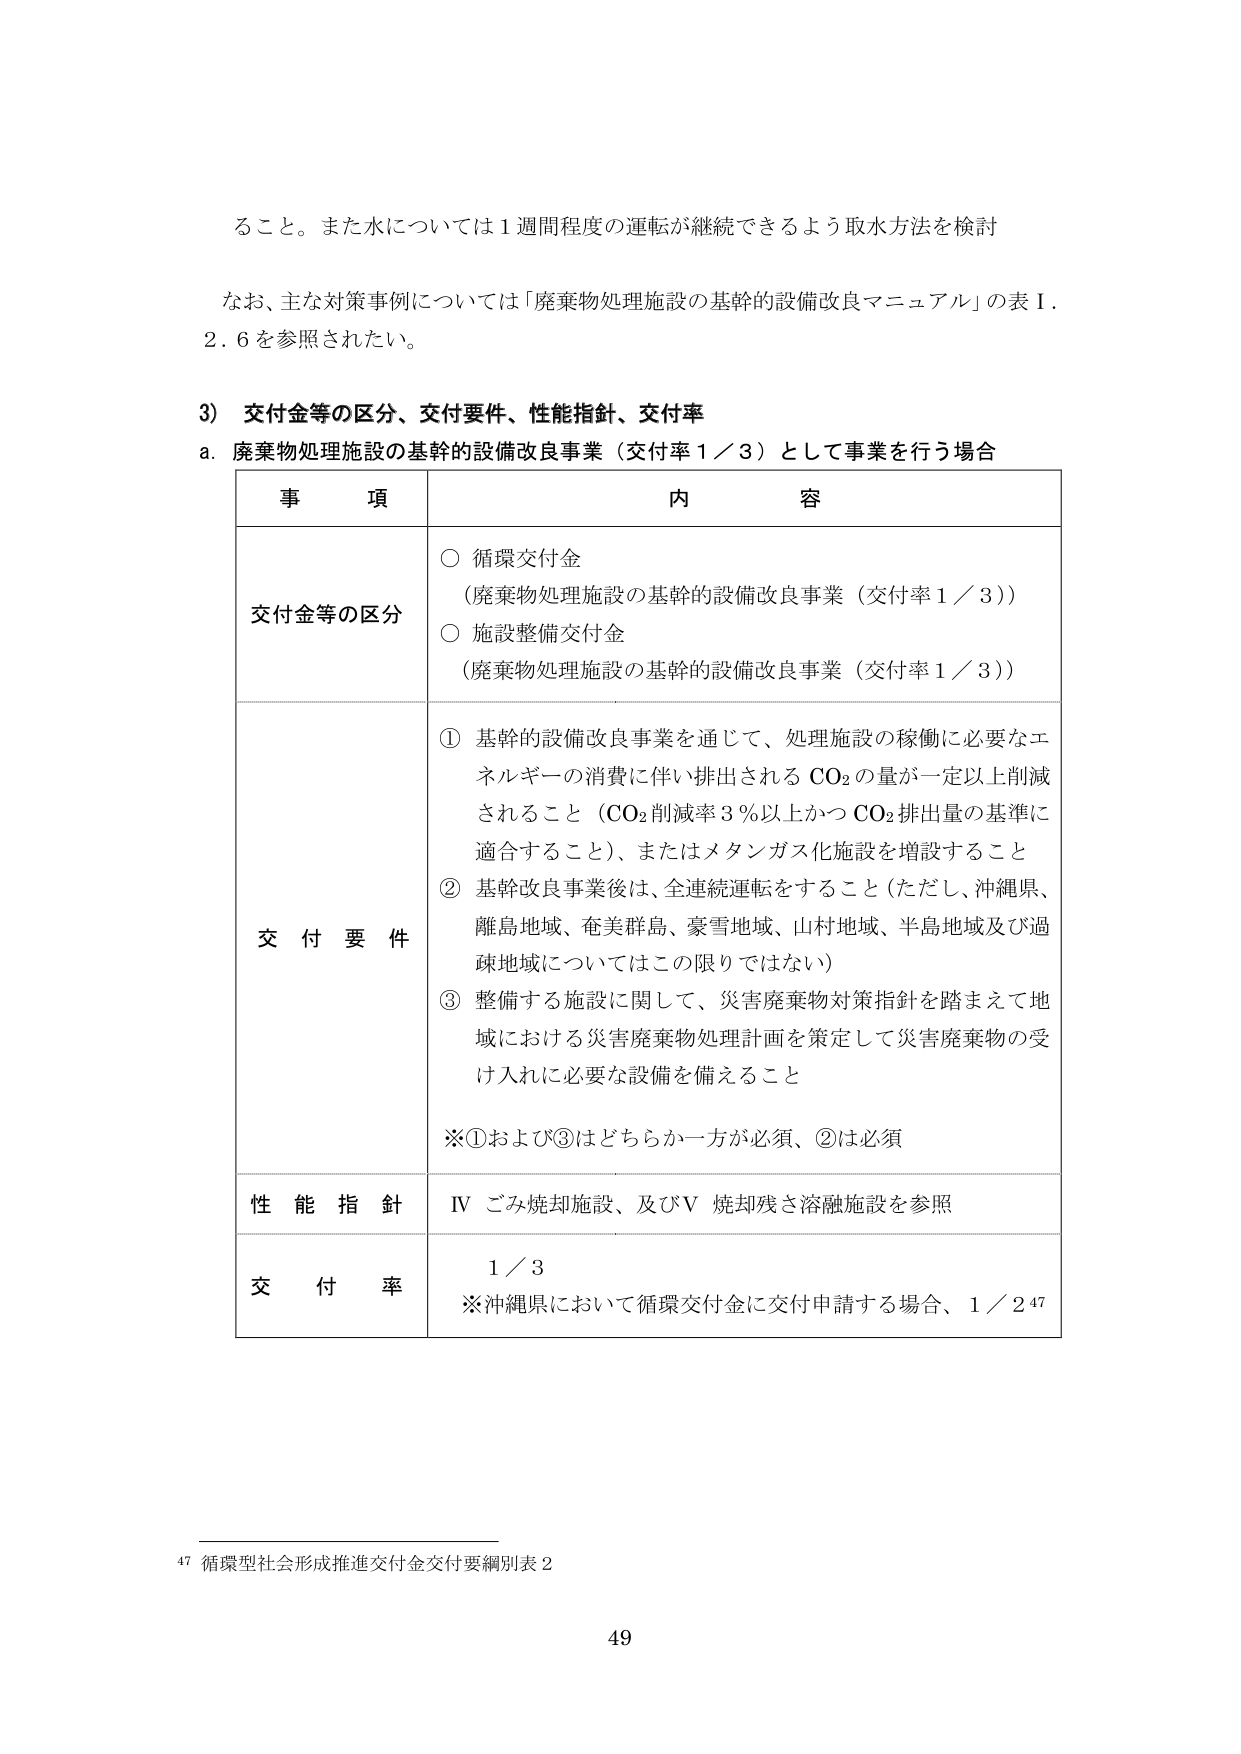
ること。また水については１週間程度の運転が継続できるよう取水方法を検討

なお、主な対策事例については「廃棄物処理施設の基幹的設備改良マニュアル」の表Ⅰ．
２．６を参照されたい。

3） 交付金等の区分、交付要件、性能指針、交付率
a．廃棄物処理施設の基幹的設備改良事業（交付率１／３）として事業を行う場合

事 項 内 容

交付金等の区分
○ 循環交付金
（廃棄物処理施設の基幹的設備改良事業（交付率１／３））
○ 施設整備交付金
（廃棄物処理施設の基幹的設備改良事業（交付率１／３））

交 付 要 件
① 基幹的設備改良事業を通じて、処理施設の稼働に必要なエネルギーの消費に伴い排出される CO₂ の量が一定以上削減されること（CO₂ 削減率 3％以上かつ CO₂ 排出量の基準に適合すること）、またはメタンガス化施設を増設すること
② 基幹改良事業後は、全連続運転をすること（ただし、沖縄県、離島地域、奄美群島、豪雪地域、山村地域、半島地域及び過疎地域についてはこの限りではない）
③ 整備する施設に関して、災害廃棄物対策指針を踏まえて地域における災害廃棄物処理計画を策定して災害廃棄物の受け入れに必要な設備を備えること
※①および③はどちらか一方が必須、②は必須

性 能 指 針
Ⅳ ごみ焼却施設、及びⅤ 焼却残さ溶融施設を参照

交 付 率
１／３
※沖縄県において循環交付金に交付申請する場合、１／２⁴⁷

⁴⁷ 循環型社会形成推進交付金交付要綱別表２

49